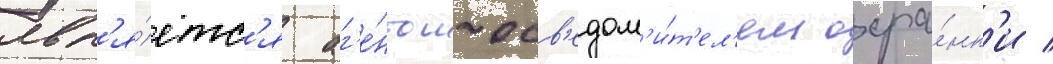
явл'я́етс'я аг'е́нтом-осв'едом'и́т'ел'ем охра́нк'и /